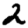
Digit: 2